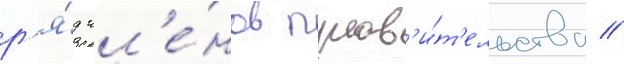
р'я́д чл'е́нов прав'и́т'ельства //